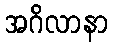
အဂိလာနာ